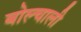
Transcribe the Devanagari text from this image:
बोल्चाली